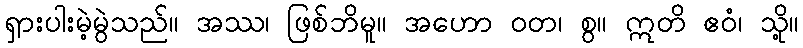
ရှားပါးမဲ့မွဲသည်။ အဿ၊ ဖြစ်ဘိမူ။ အဟော ဝတ၊ စွ။ ဣတိ ဧဝံ၊ သို့။